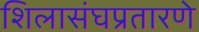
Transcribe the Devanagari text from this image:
शिलासंघप्रतारणे